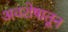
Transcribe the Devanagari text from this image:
अवशेषातून